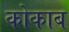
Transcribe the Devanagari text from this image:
कोकाब